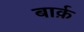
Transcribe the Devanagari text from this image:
बार्क़